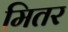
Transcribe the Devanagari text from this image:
मितर